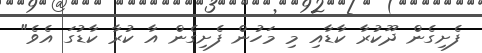
ފެށިގެން ދޫކުރާ ކާޑާއި މި މަހުން ފެށިގެން އާ ކުރާ ކާޑުގަ އެވެ"